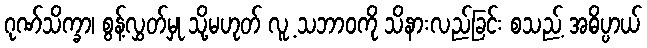
ဂုဏ်သိက္ခာ၊ စွန့်လွှတ်မှု သို့မဟုတ် လူ့ သဘာဝကို သိနားလည်ခြင်း စသည့် အဓိပ္ပာယ်